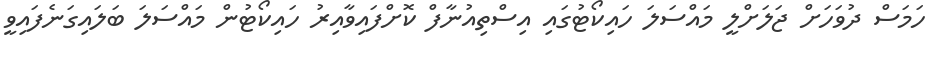
ހަމަސް ދުވަހަށް ޖަލަށްލީ މައްސަލަ ހައިކޯޓުގައި އިސްތިއުނާފް ކޮށްފައިވާއިރު ހައިކޯޓުން މައްސަލަ ބަލައިގަނެފައިވީ